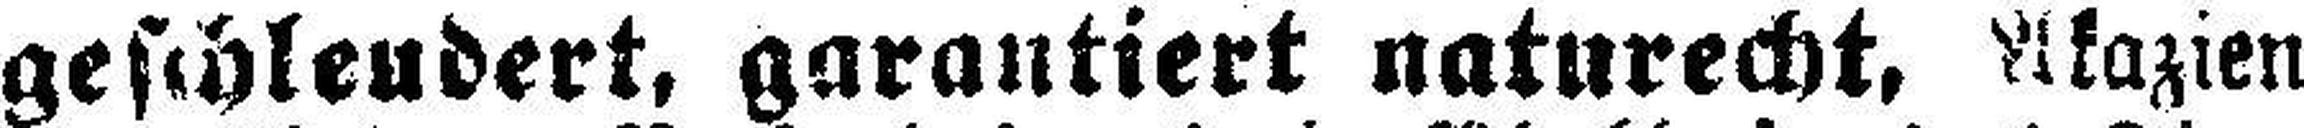
geschleudert, garantiert naturecht, Akazien